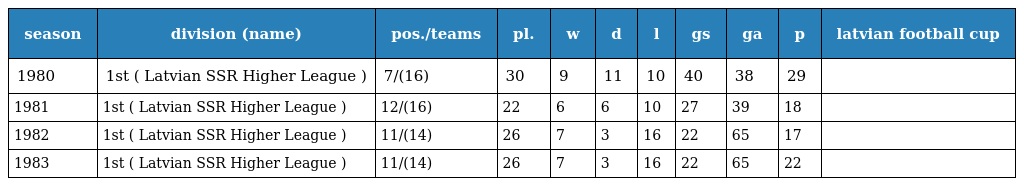
| season | division (name) | pos./teams | pl. | w | d | l | gs | ga | p | latvian football cup |
 | --- | --- | --- | --- | --- | --- | --- | --- | --- | --- | --- |
 | 1980 | 1st ( Latvian SSR Higher League ) | 7/(16) | 30 | 9 | 11 | 10 | 40 | 38 | 29 |  |
 | 1981 | 1st ( Latvian SSR Higher League ) | 12/(16) | 22 | 6 | 6 | 10 | 27 | 39 | 18 |  |
 | 1982 | 1st ( Latvian SSR Higher League ) | 11/(14) | 26 | 7 | 3 | 16 | 22 | 65 | 17 |  |
 | 1983 | 1st ( Latvian SSR Higher League ) | 11/(14) | 26 | 7 | 3 | 16 | 22 | 65 | 22 |  |